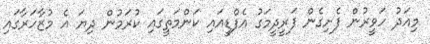
މިއަދު ހަވީރުން ފެށިގެން ފަރީދީމަގު އެފްޑީއައި ކަންމަތީގައި ކުރަމުން ދިޔަ އެ މުޒާހަރާގައި